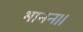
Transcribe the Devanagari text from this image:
भानन।।